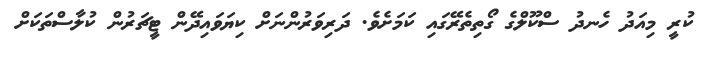
ކުރީ މިއަދު ހެނދު ސްކޫލްގެ ގޯތިތެރޭގައި ކަމަށެވެ. ދަރިވަރުންނަށް ކިޔަވައިދޭން ޓީޗަރުން ކުލާސްތަކަށް